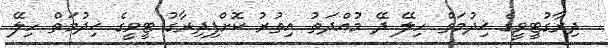
ދިރާގުޓީވީގެ ޚިދުމަތް ހިލޭ ދޭ މުއްދަތު އިތުރު ކޮށްފިދިރާގު ޓީވީގެ ޚިދުމަތް ހިލޭ